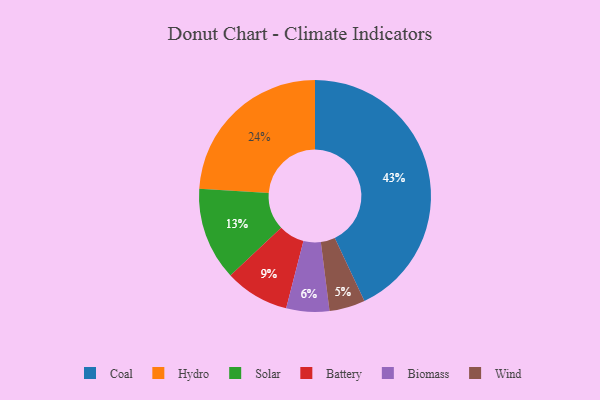
{"axis": {"x": "Category", "y": "Percentage"}, "legend": ["Battery", "Biomass", "Coal", "Hydro", "Solar", "Wind"], "data": [{"x": "Solar", "y": 13, "type": "Solar"}, {"x": "Wind", "y": 5, "type": "Wind"}, {"x": "Battery", "y": 9, "type": "Battery"}, {"x": "Coal", "y": 43, "type": "Coal"}, {"x": "Biomass", "y": 6, "type": "Biomass"}, {"x": "Hydro", "y": 24, "type": "Hydro"}]}